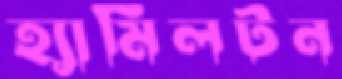
হ্যামিলটন